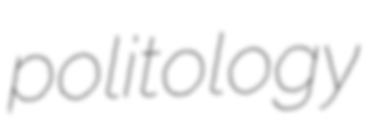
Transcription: politology